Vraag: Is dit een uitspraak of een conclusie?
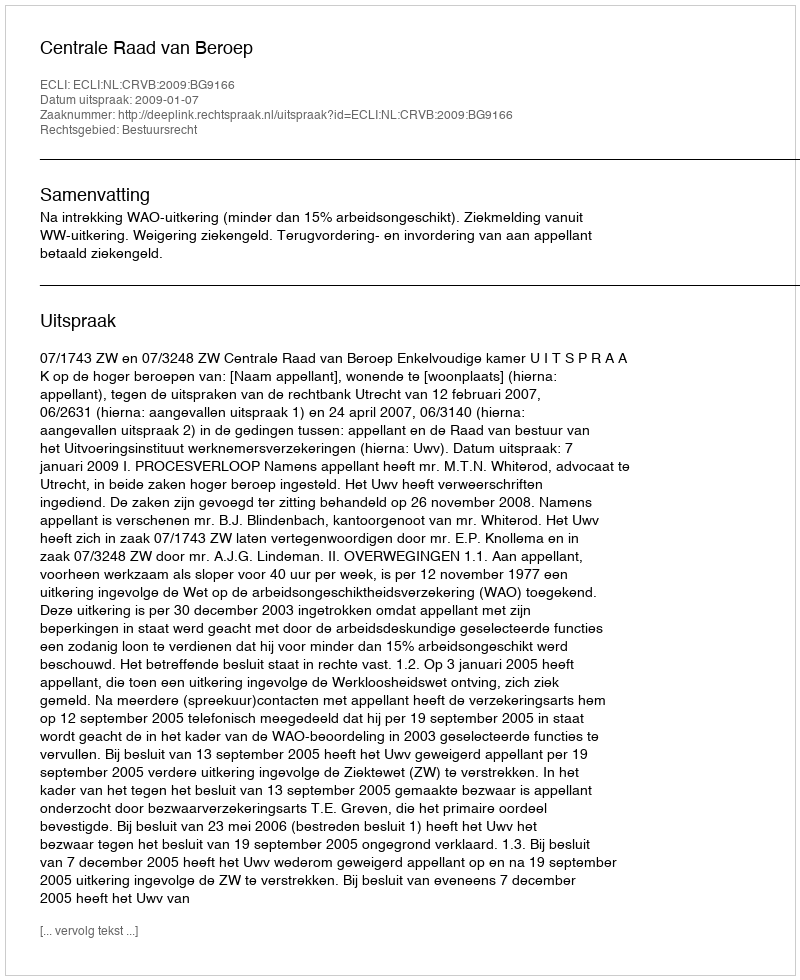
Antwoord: Uitspraak